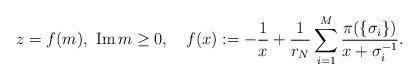
LaTeX: \begin{align*} z=f(m), \ \operatorname{Im} m \geq 0, \ \ \ f(x):=-\frac{1}{x}+\frac{1}{r_N} \sum_{i=1}^M \frac{\pi(\{\sigma_i\})}{x+\sigma_i^{-1}}.\end{align*}